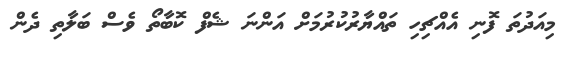
މިއަދުތަ ފޮނި އެއްޗިހި ތައްޔާރުކުރުމަށް އަންނަ ޝެފް ކޮބާތޯ ވެސް ބަލާތި ދެން